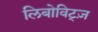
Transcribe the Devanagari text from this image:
लिबोविट्ज़